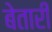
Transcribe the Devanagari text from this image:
बेतारी